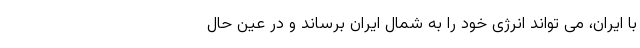
با ایران، می تواند انرژی خود را به شمال ایران برساند و در عین حال